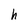
Character: h